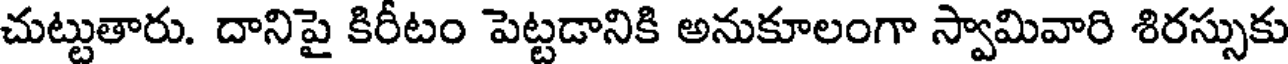
చుట్టుతారు. దానిపై కిరీటం పెట్టడానికి అనుకూలంగా స్వామివారి శిరస్సుకు